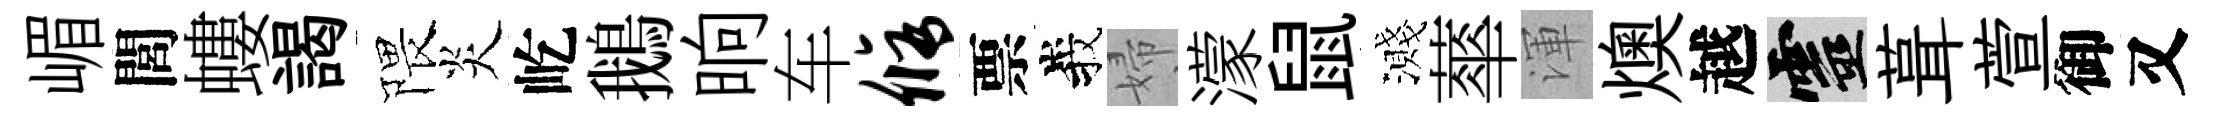
嵋閭螻謁隈炎屹鵝晌车修票峩婦濛鼠濺蕐渾燠越靈葺萱御又